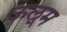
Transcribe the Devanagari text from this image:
ऊलूम